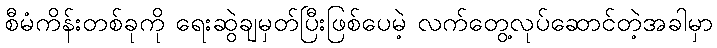
စီမံကိန်းတစ်ခုကို ရေးဆွဲချမှတ်ပြီးဖြစ်ပေမဲ့ လက်တွေ့လုပ်ဆောင်တဲ့အခါမှာ